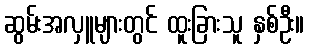
ဆွမ်းအလှူများတွင် ထူးခြားသူ နှစ်ဦး။